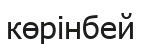
көрінбей